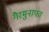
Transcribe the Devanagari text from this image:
गैरमुनाफा